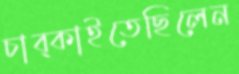
চাব্‌কাইতেছিলেন